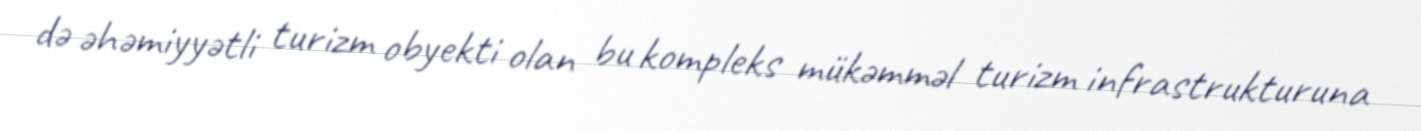
də əhəmiyyətli turizm obyekti olan bu kompleks mükəmməl turizm infrastrukturuna